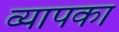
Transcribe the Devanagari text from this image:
व्यापका